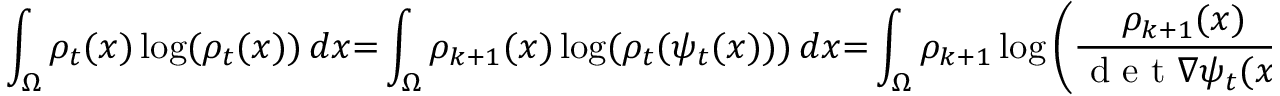
\int _ { \Omega } \rho _ { t } ( x ) \log ( \rho _ { t } ( x ) ) \, d x { = } \int _ { \Omega } \rho _ { k + 1 } ( x ) \log ( \rho _ { t } ( \psi _ { t } ( x ) ) ) \, d x { = } \int _ { \Omega } \rho _ { k + 1 } \log \left( \frac { \rho _ { k + 1 } ( x ) } { \mathrm { ~ d ~ e ~ t ~ } \nabla \psi _ { t } ( x ) } \right) \, d x ,